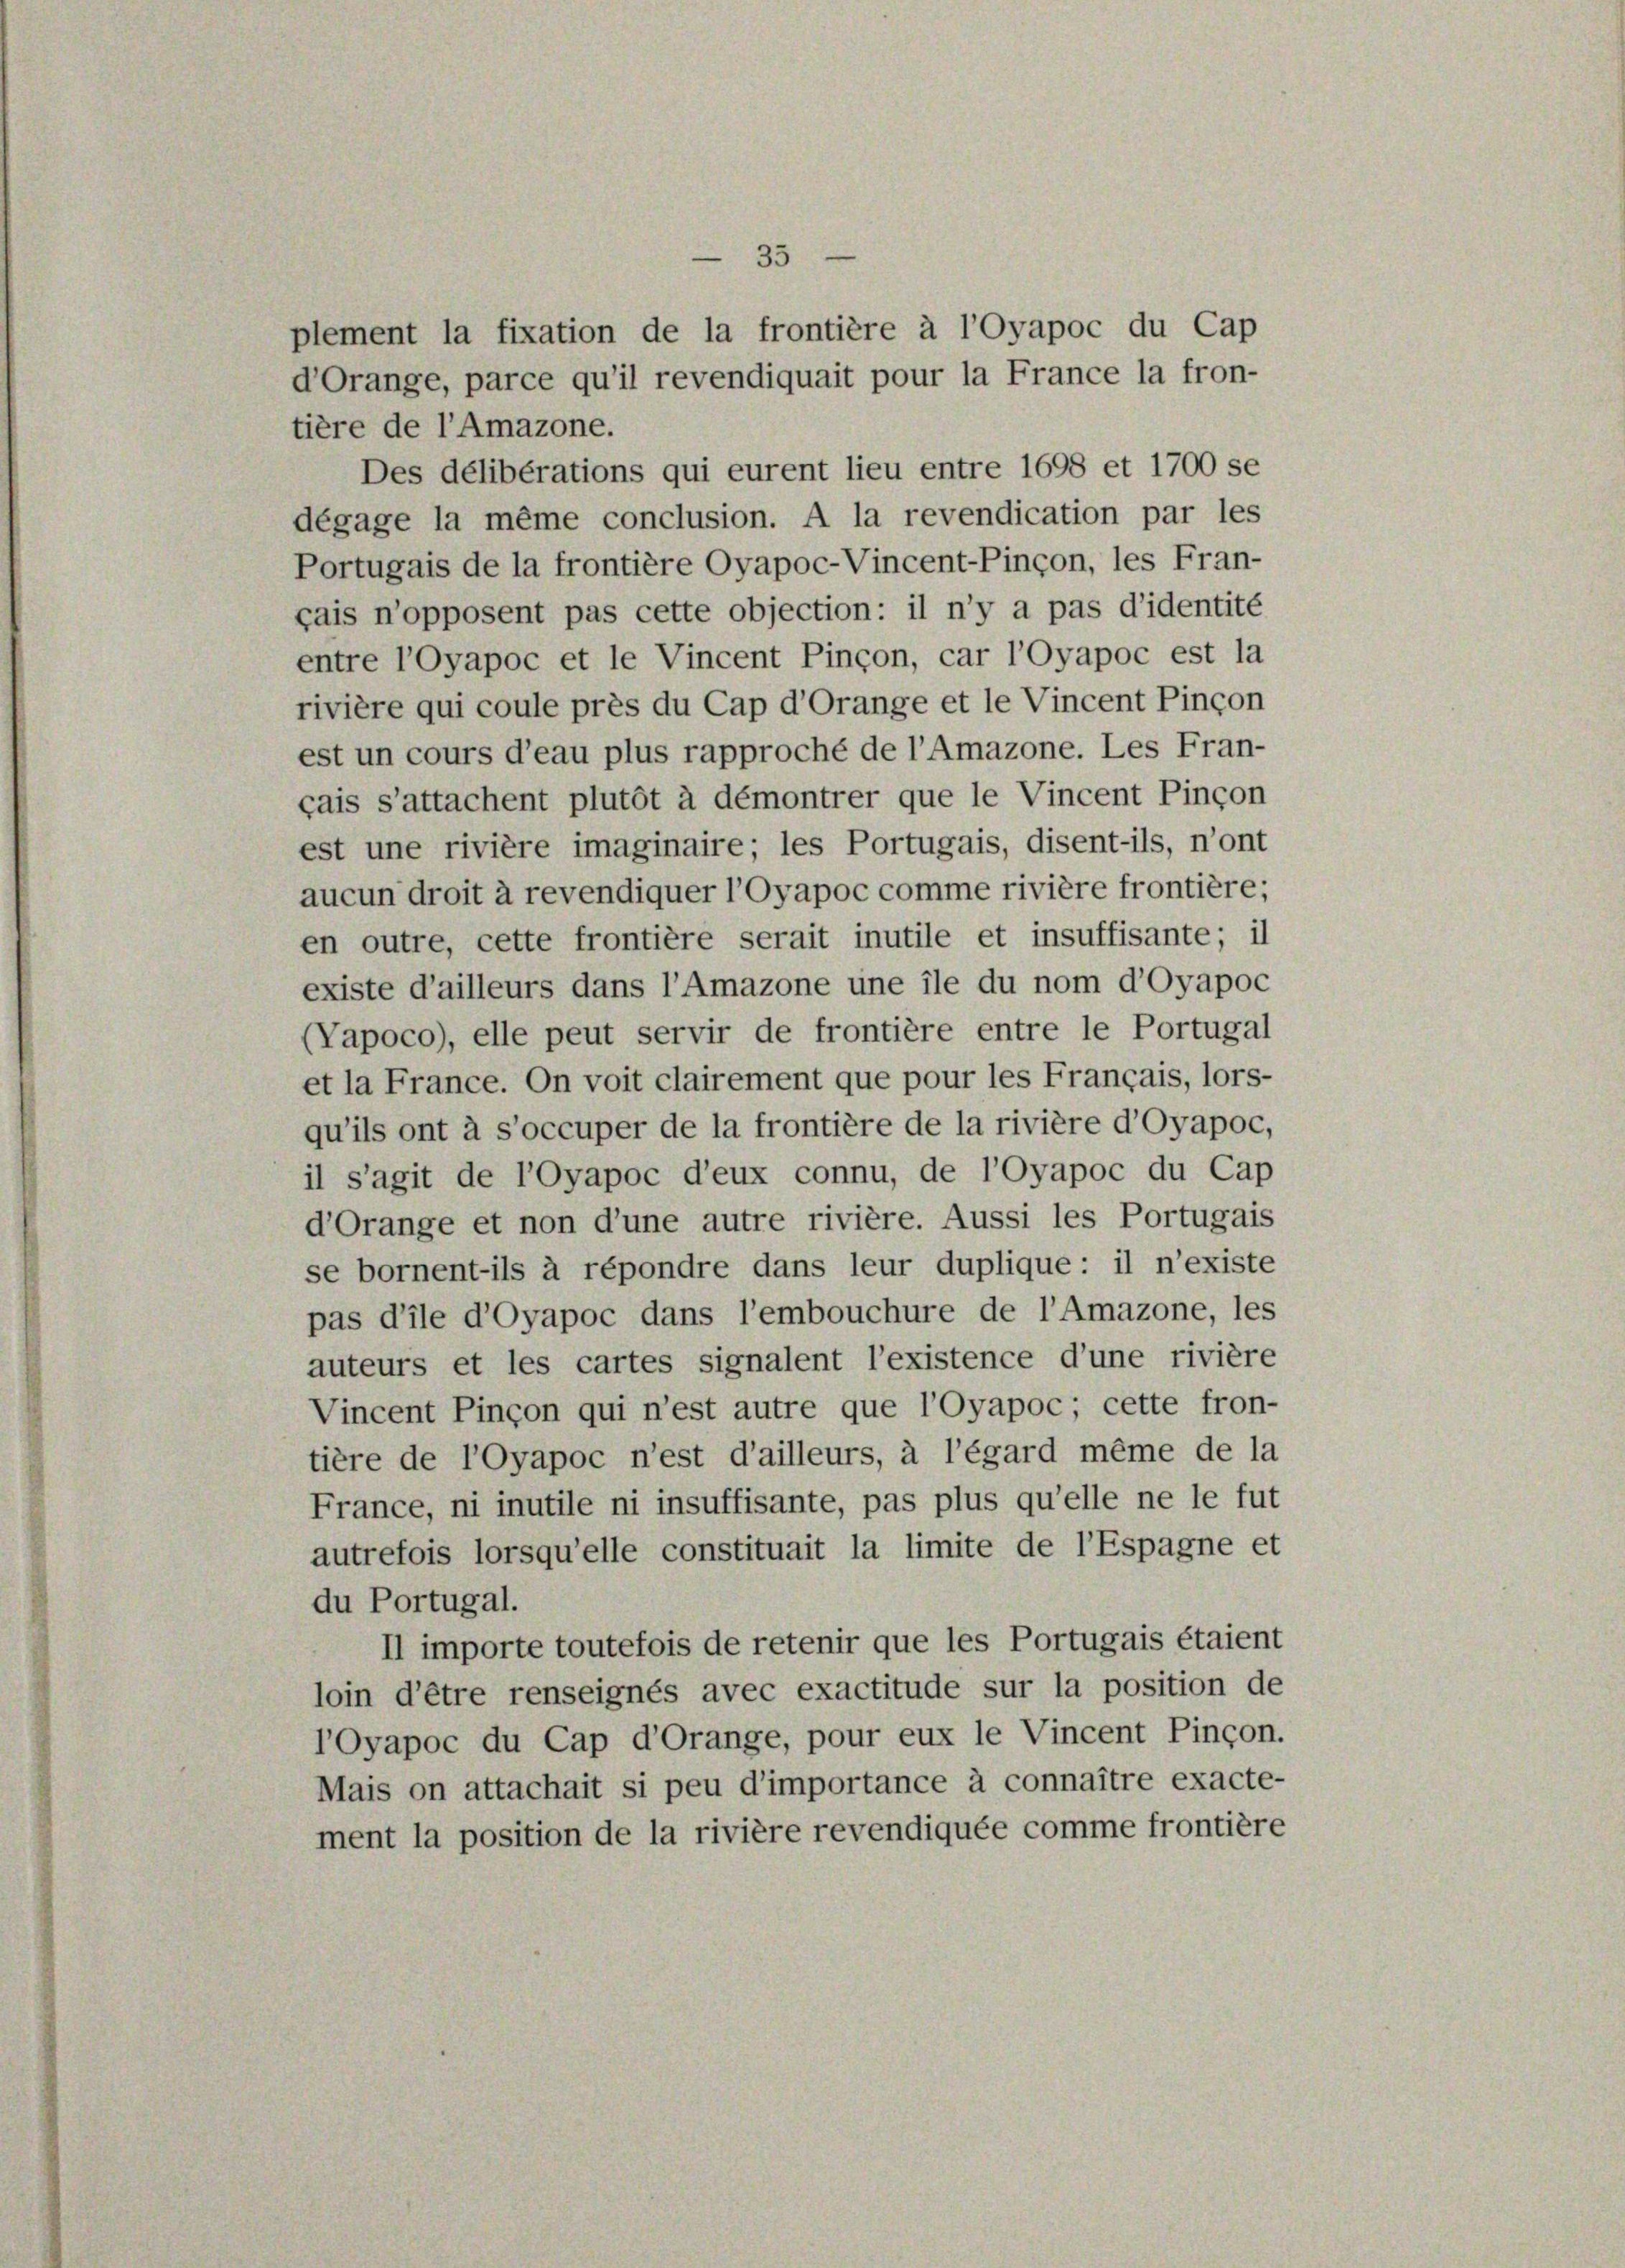
entre l’oyapoc et le Vincent Pinçon, car l’Oyapoc est la
rivière qui coule près du Cap d’Orange et le Vincent Pincon
est un cours d’eau plus rapproché de l’Amazone. Les Fran-
çais s’attachent plutôt à démontrer que le Vincent Pinçon
est une rivière imaginaire; les Portugais, disent-ils, n’ont
aucun droit à revendiquer l’Oyapoc comme rivière frontière;
en outre, cette frontière serait inutile et insuffisante; il
existe d’ailleurs dans l’Amazone une ile du nom d’Oyapoc
(Vapoco), elle peut servir de frontière entre le Portugal
et la France. On voit clairement que pour les Français, lors-
qu’ils ont à s’occuper de la frontière de la rivière d’Oyapoc,
il s’agit de l’Oyapoc d’eux connu, de l’Oyapoc du Cap
d’Orange et non d’une autre rivière. Aussi les Portugais
se bornentils à répondre dans leur duplique: il n’existe
pas d’ile d’Oyapoc dans l’embouchure de l’Amazone, les
auteurs et les cartes signalent l’existence d’une rivière
Vincent Pinçon qui n’est autre que l’Oyapoc; cette fron-
tière de l’Oyapoc n’est d’ailleurs, à l’égard même de la
France, ni inutile ni insuffisante, pas plus qu’elle ne le fut
autrefois lorsqu’elle constituait la limite de l’Espagne et
du Portugal.
II importe toutefois de retenir que les Portugais étaient
loin d’être renseignés avec exactitude sur la position de
lOyapoc du Cap d’Orange, pour eux le Vincent Pinçon.
Mais on attachait si peu d’importance à connaître exacte-
ment la position de la rivière revendiquée comme frontière

35

plement la fixation de la frontière à l’Oyapoc du Cap
d’Orange, parce qu’il revendiquait pour la France la fron-
tière de l’Amazone.
Des délibérations qui eurent lieu entre 1698 et 1700 se
dégage la même conclusion. A la revendication par les
Portugais de la frontière Oyapoc-Vincent-Pinçon, les Fran-
çais n’opposent pas cette objection: il n’y a pas d’identité